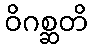
ဝိဂစ္ဆတိ